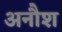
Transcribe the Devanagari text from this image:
अनौश